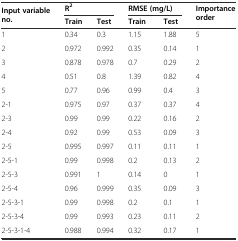
<table><thead><tr><td rowspan="2"><b>Input variable no.</b></td><td colspan="2"><b>R<sup>2</sup></b></td><td colspan="2"><b>RMSE (mg/L)</b></td><td rowspan="2"><b>Importance order</b></td></tr><tr><td><b>Train</b></td><td><b>Test</b></td><td><b>Train</b></td><td><b>Test</b></td></tr></thead><tbody><tr><td>1</td><td>0.34</td><td>0.3</td><td>1.15</td><td>1.88</td><td>5</td></tr><tr><td>2</td><td>0.972</td><td>0.992</td><td>0.35</td><td>0.14</td><td>1</td></tr><tr><td>3</td><td>0.878</td><td>0.978</td><td>0.7</td><td>0.29</td><td>2</td></tr><tr><td>4</td><td>0.51</td><td>0.8</td><td>1.39</td><td>0.82</td><td>4</td></tr><tr><td>5</td><td>0.77</td><td>0.96</td><td>0.99</td><td>0.4</td><td>3</td></tr><tr><td>2-1</td><td>0.975</td><td>0.97</td><td>0.37</td><td>0.37</td><td>4</td></tr><tr><td>2-3</td><td>0.99</td><td>0.99</td><td>0.22</td><td>0.16</td><td>2</td></tr><tr><td>2-4</td><td>0.92</td><td>0.99</td><td>0.53</td><td>0.09</td><td>3</td></tr><tr><td>2-5</td><td>0.995</td><td>0.997</td><td>0.11</td><td>0.11</td><td>1</td></tr><tr><td>2-5-1</td><td>0.99</td><td>0.998</td><td>0.2</td><td>0.13</td><td>2</td></tr><tr><td>2-5-3</td><td>0.991</td><td>1</td><td>0.14</td><td>0</td><td>1</td></tr><tr><td>2-5-4</td><td>0.96</td><td>0.999</td><td>0.35</td><td>0.09</td><td>3</td></tr><tr><td>2-5-3-1</td><td>0.99</td><td>0.998</td><td>0.2</td><td>0.1</td><td>1</td></tr><tr><td>2-5-3-4</td><td>0.99</td><td>0.993</td><td>0.23</td><td>0.11</td><td>2</td></tr><tr><td>2-5-3-1-4</td><td>0.988</td><td>0.994</td><td>0.32</td><td>0.17</td><td>1</td></tr></tbody></table>